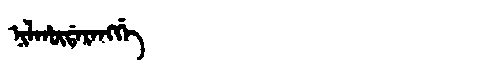
Manchu: ᠨᡳᠯᡥᡡᡩᠠᡵᠠᠩᡤᡝ
Romanization: NILHŪDARANGGE